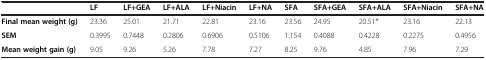
|  | LF | LF+GEA | LF+ALA | LF+Niacin | LF+NA | SFA | SFA+GEA | SFA+ALA | SFA+Niacin | SFA+NA |
 | --- | --- | --- | --- | --- | --- | --- | --- | --- | --- | --- |
 | Final mean weight (g) | 23.36 | 25.01 | 21.71 | 22.81 | 23.16 | 23.56 | 24.95 | 20.51* | 23.16 | 22.13 |
 | SEM | 0.3995 | 0.7448 | 0.2806 | 0.6906 | 0.5106 | 1.154 | 0.4088 | 0.4228 | 0.2275 | 0.4956 |
 | Mean weight gain (g) | 9.05 | 9.26 | 5.26 | 7.78 | 7.27 | 8.25 | 9.76 | 4.85 | 7.96 | 7.29 |